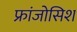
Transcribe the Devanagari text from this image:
फ्रांजोसिश